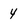
Character: 4